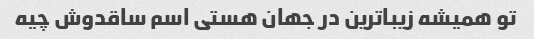
تو همیشه زیباترین در جهان هستی اسم ساقدوش چیه